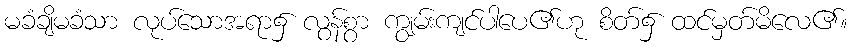
မခံချိမခံသာ လုပ်သောအရာ၌ လွန်စွာ ကျွမ်းကျင်ပါပေ၏ဟု စိတ်၌ ထင်မှတ်မိလေ၏။